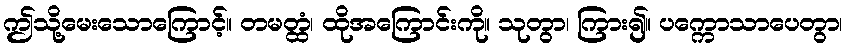
ဤသို့မေးသောကြောင့်။ တမတ္ထံ၊ ထိုအကြောင်းကို။ သုတွာ၊ ကြား၍။ ပက္ကောသာပေတွာ၊